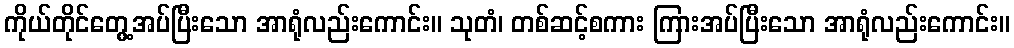
ကိုယ်တိုင်တွေ့အပ်ပြီးသော အာရုံလည်းကောင်း။ သုတံ၊ တစ်ဆင့်စကား ကြားအပ်ပြီးသော အာရုံလည်းကောင်း။